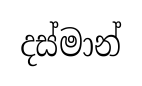
දස්මාන්